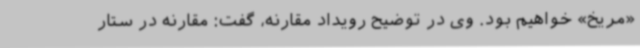
«مریخ» خواهیم بود. وی در توضیح رویداد مقارنه، گفت: مقارنه در ستار